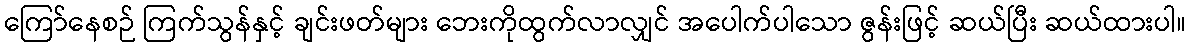
ကြော်နေစဉ် ကြက်သွန်နှင့် ချင်းဖတ်များ ဘေးကိုထွက်လာလျှင် အပေါက်ပါသော ဇွန်းဖြင့် ဆယ်ပြီး ဆယ်ထားပါ။